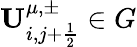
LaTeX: {\mathbf{U}}_{i,j+\frac{1}{2}}^{\mu,\pm}\in G